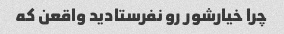
چرا خیارشور رو نفرستادید واقعن که